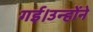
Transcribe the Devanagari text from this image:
गई।उन्होंने